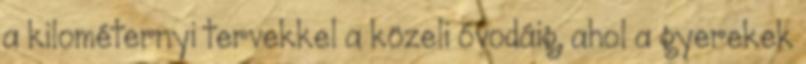
a kilométernyi tervekkel a közeli óvodáig, ahol a gyerekek